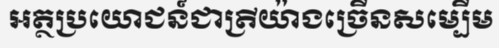
អត្ថប្រយោជន៍ជាត្រីយ៉ាងច្រើនសម្បើម